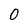
Character: 0